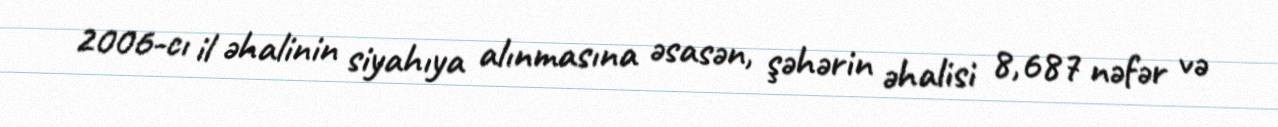
2006-cı il əhalinin siyahıya alınmasına əsasən, şəhərin əhalisi 8,687 nəfər və